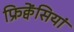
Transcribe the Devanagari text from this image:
फ्रिक्वेंसियां